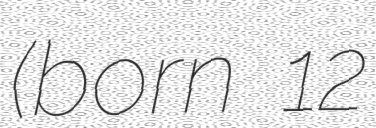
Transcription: (born 12